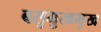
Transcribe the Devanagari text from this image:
बसुमुखमुख